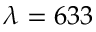
\lambda = 6 3 3